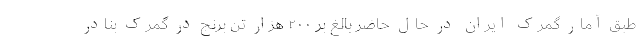
طبق آمار گمرک ایران در حال حاضر بالغ بر ۲۰۰ هزار تن برنج در گمرک بنادر